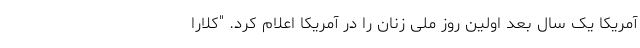
آمریکا یک سال بعد اولین روز ملی زنان را در آمریکا اعلام کرد. "کلارا